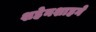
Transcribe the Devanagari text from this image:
शहेनशाहने